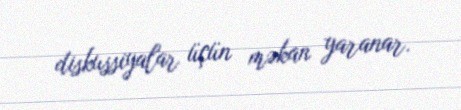
diskussiyalar üçün məkan yaranar.